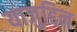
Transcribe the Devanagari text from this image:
याजुद्दिन